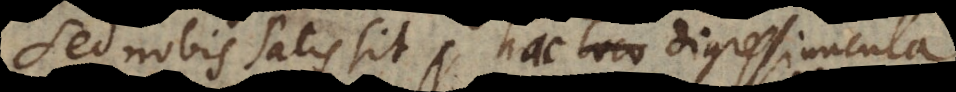
Sed nobis satis sit, hac digressiuncula